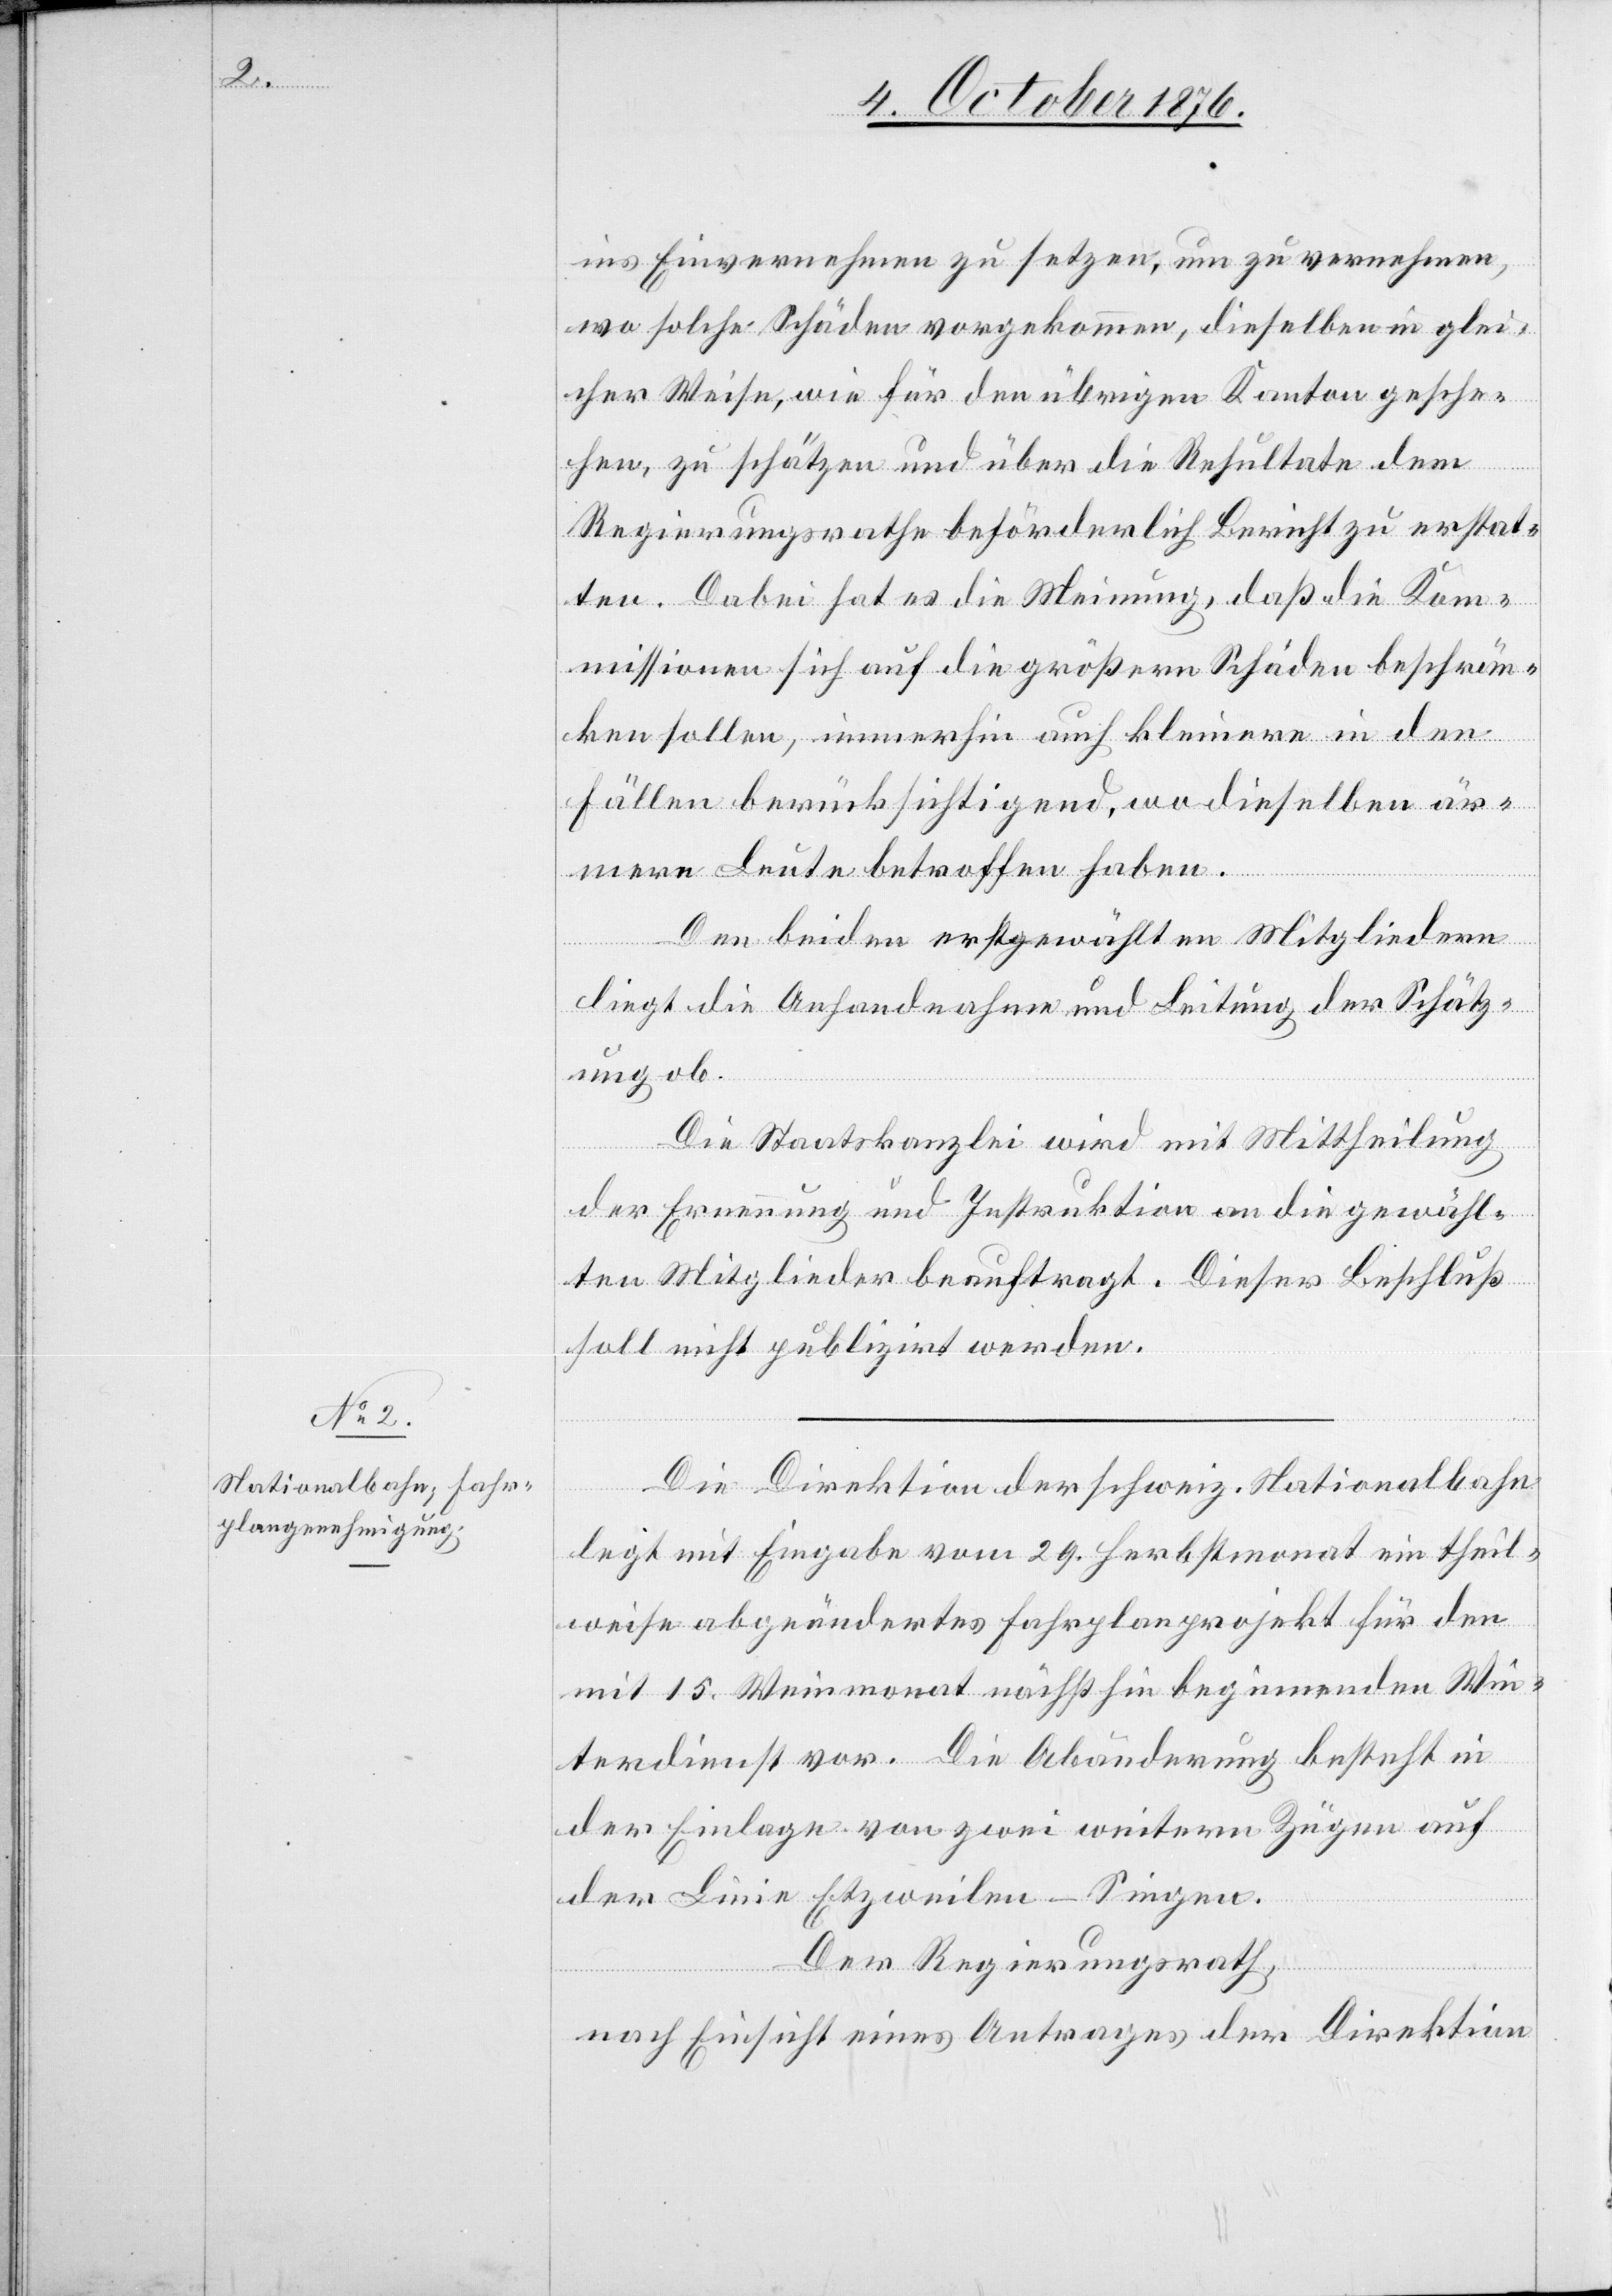
ins Einvernehmen zu setzen, um zu vernehmen,
wo solche Schäden vorgekommen, dieselben in glei¬
cher Weise, wie für den übrigen Kanton gesche¬
hen, zu schätzen und über die Resultate dem
Regierungsrathe beförderlich Bericht zu erstat¬
ten. Dabei hat es die Meinung, daß die Kom¬
missionen sich auf die größern Schäden beschrän¬
ken sollen, immerhin auch kleinere in den
Fällen berücksichtigend, wo dieselben är¬
mere Leute betroffen haben.
Den beiden erstgewählten Mitgliedern
liegt die Anhandnahme und Leitung der Schätz¬
ung ob.
Die Staatskanzlei wird mit Mittheilung
der Ernennung und Instruktion an die gewähl¬
ten Mitglieder beauftragt. Dieser Beschluß
soll nicht publizirt werden.
Die Direktion der schweiz. Nationalbahn
legt mit Eingabe vom 29. Herbstmonat ein theil¬
weise abgeändertes Fahrplanprojekt für den
mit 15. Weinmonat nächsthin beginnenden Win¬
terdienst vor. Die Abänderung besteht in
der Einlage von zwei weitern Zügen auf
der Linie Etzweilen–Singen.
Der Regierungsrath,
nach Einsicht eines Antrages der Direktion